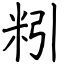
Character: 粌